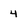
Character: 4